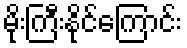
မိုးကြီးနိုင်ကြောင်း